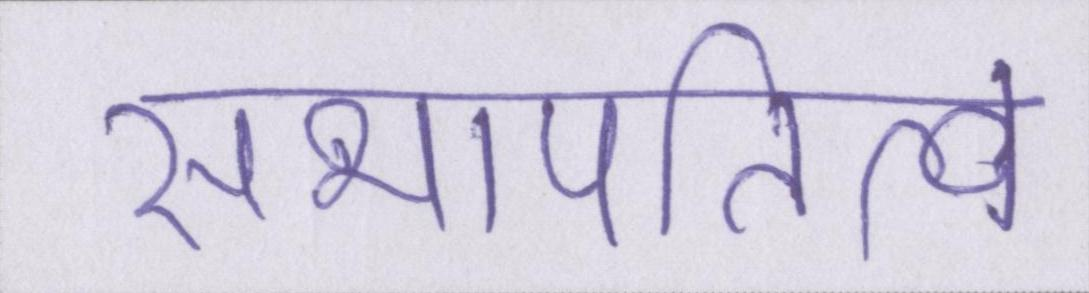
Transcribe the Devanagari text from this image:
सभापतित्व